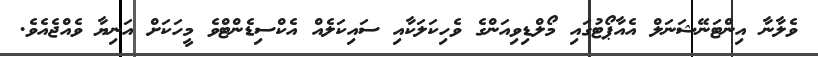
ވެލާނާ އިންޓަނޭޝަނަލް އެއާޕޯޓުގައި މޯލްޑިވިއަންގެ ވެހިކަލަކާއި ސައިކަލެއް އެކްސިޑެންޓްވެ މީހަކަށް އަނިޔާ ވެއްޖެއެވެ.